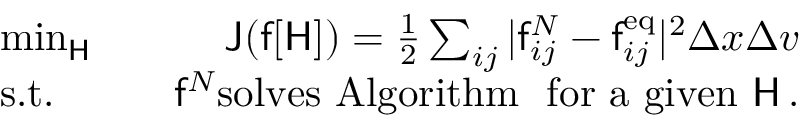
\begin{array} { r l r } & { \operatorname* { m i n } _ { \mathsf { H } } \quad } & { \mathsf { J } ( \mathsf { f } [ \mathsf { H } ] ) = \frac { 1 } { 2 } \sum _ { i j } \vert \mathsf { f } _ { i j } ^ { N } - \mathsf { f } _ { i j } ^ { \mathrm { e q } } \vert ^ { 2 } \Delta x \Delta v } \\ & { \mathrm { s . t . } \quad } & { \mathsf { f } ^ { N } \mathrm { s o l v e s ~ A l g o r i t h m ~ ~ f o r ~ a ~ g i v e n ~ } \mathsf { H } \, . } \end{array}